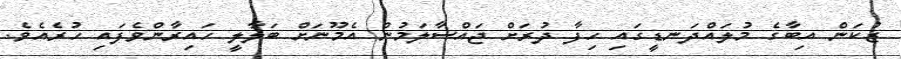
ޒުކަން އިބާގެ މުލައްދަނޑީގައި ހިފާ ދުރަށް ޖައްސާލަމުން އެމޫނަށް ބަލާލީ ހައިރާންވެފައި ހުރެއެވެ.